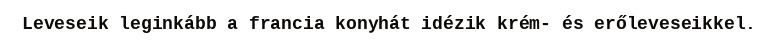
Leveseik leginkább a francia konyhát idézik krém- és erőleveseikkel.